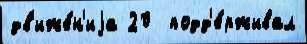
дв'иже́н'иjа 20  подд'е́рживал